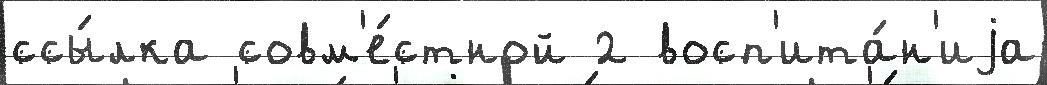
ссы́лка совм'е́стной 2 восп'ита́н'иjа